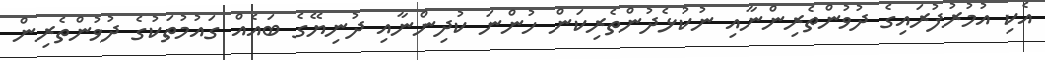
އެކި އުމުރުފުރައިގެ ދުވުންތެރިންނާއި ނުކުޅެދުންތެރިކަން ހުންނަ ކުދިންނާއި ދުނިޔޭގެ ބައެއް ގައުމުތަކުގެ ދުވުންތެރިން